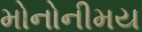
મોનોનીમય